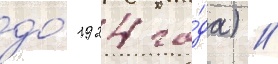
до́ 1924 го́да) //